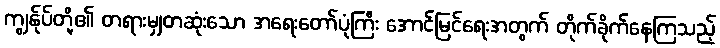
ကျွန်ုပ်တို့၏ တရားမျှတဆုံးသော အရေးတော်ပုံကြီး အောင်မြင်ရေးအတွက် တိုက်ခိုက်နေကြသည့်